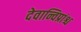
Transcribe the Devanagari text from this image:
देवान्विप्रांश्च